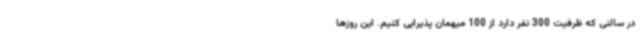
در سالنی که ظرفیت 300 نفر دارد از 100 میهمان پذیرایی کنیم. این روزها